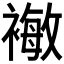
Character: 𰴈